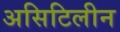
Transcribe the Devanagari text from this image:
असिटिलीन